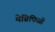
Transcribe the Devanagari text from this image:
मेग्निफिसी